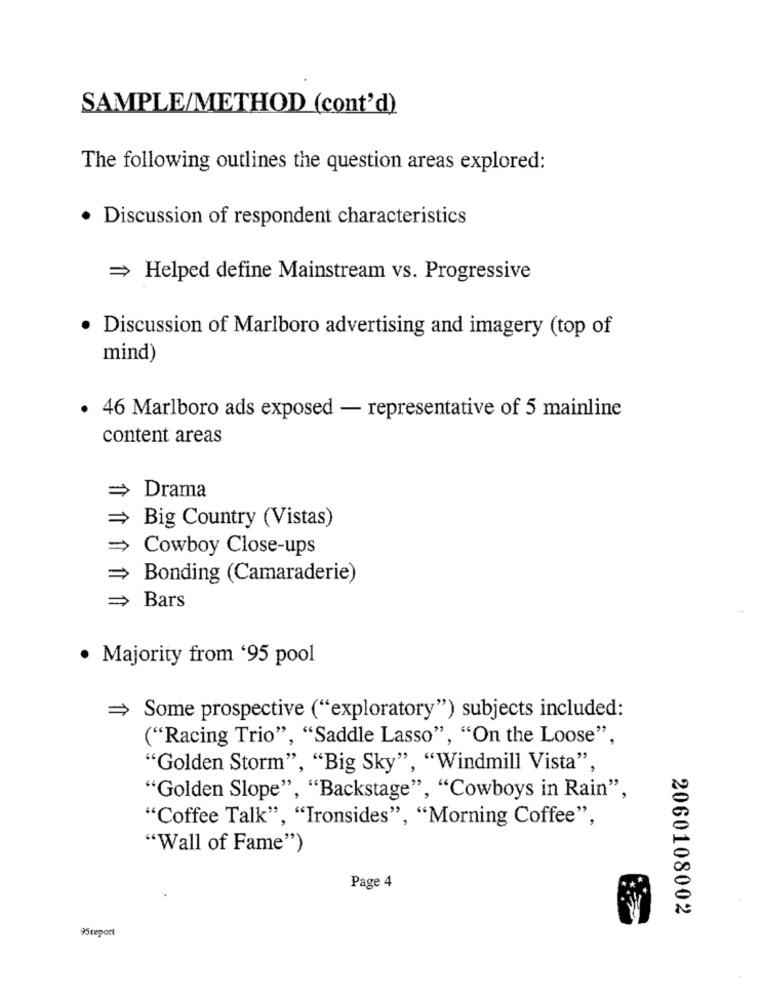
SAMPLE/METHOD (cont'd)
The following outlines the question areas explored:
· Discussion of respondent characteristics
= Helped define Mainstream vs. Progressive
·Discussion of Marlboro advertising and imagery (top of
mind)
· 46 Marlboro ads exposed - representative of 5 mainline
content areas
Drama
Big Country (Vistas)
= Cowboy Close-ups
Bonding (Camaraderie)
> Bars
Majority from '95 pool
= Some prospective ("exploratory") subjects included:
("Racing Trio", "Saddle Lasso", "On the Loose",
"Golden Storm", "Big Sky", "Windmill Vista",
"Golden Slope", "Backstage", "Cowboys in Rain",
"Coffee Talk", "Ironsides", "Morning Coffee",
"Wall of Fame")
Page 4
2060108002
95report